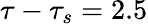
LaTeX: \tau-\tau_{s}=2.5